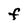
Character: F